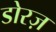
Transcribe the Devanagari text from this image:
डोरज़